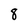
Character: 8